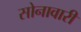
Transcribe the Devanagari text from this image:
सोनावारी